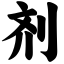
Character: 剂